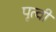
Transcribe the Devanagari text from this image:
पृत्वी